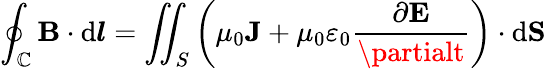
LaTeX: \oint_{\mathbb{C}}\mathbf{{B}}\cdot\mathrm{{d}}{\boldsymbol{l}}=\iint_{S}\left(\mu_{0}\mathbf{{J}}+\mu_{0}\varepsilon_{0}{\frac{{\partial\mathbf{{E}}}}{{\partialt}}}\right)\cdot\mathrm{{d}}\mathbf{{S}}